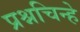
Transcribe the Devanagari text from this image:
प्रश्नचिन्हे